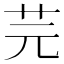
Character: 芫